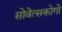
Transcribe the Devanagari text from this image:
सोवेत्सकोगो